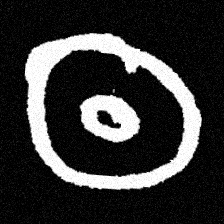
Pyu character \u2014 Myanmar letter: ထ (romanized: tha)